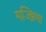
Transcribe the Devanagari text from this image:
मज्झिमा